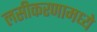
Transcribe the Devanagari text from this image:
लसीकरणामध्ये